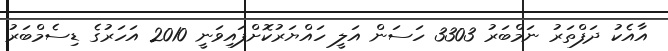
އާއެކު ދަފްތަރު ނަމްބަރު 3303 ހަސަން އަލީ ހައްޔަރުކޮށްފައިވަނީ 2010 އަހަރުގެ ޑިސެމްބަރު